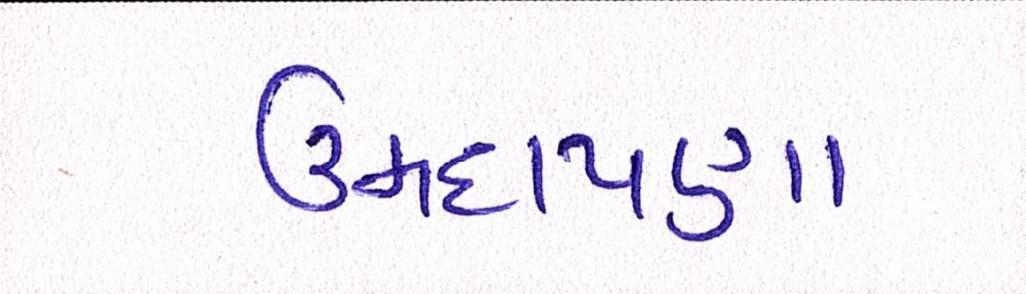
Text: ઉમદાપણા